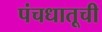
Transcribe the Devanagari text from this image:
पंचधातूची